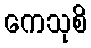
ကေသုစိ